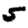
Digit: 5